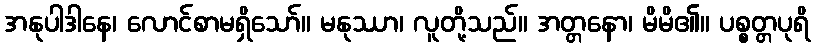
အနုပါဒါနေ၊ လောင်စာမရှိသော်။ မနုဿာ၊ လူတို့သည်။ အတ္တနော၊ မိမိ၏။ ပစ္စတ္တပုရိ